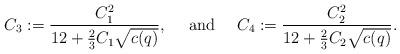
LaTeX: \begin{align*} C_3:=\dfrac{C_1^2}{12+ \frac{2}{3} C_1\sqrt{c(q)}}, \ \ \ \mbox{ and }\ \ \ C_4:=\frac{C_2^2}{12+\frac{2}{3}C_2 \sqrt{c(q)}}. \end{align*}